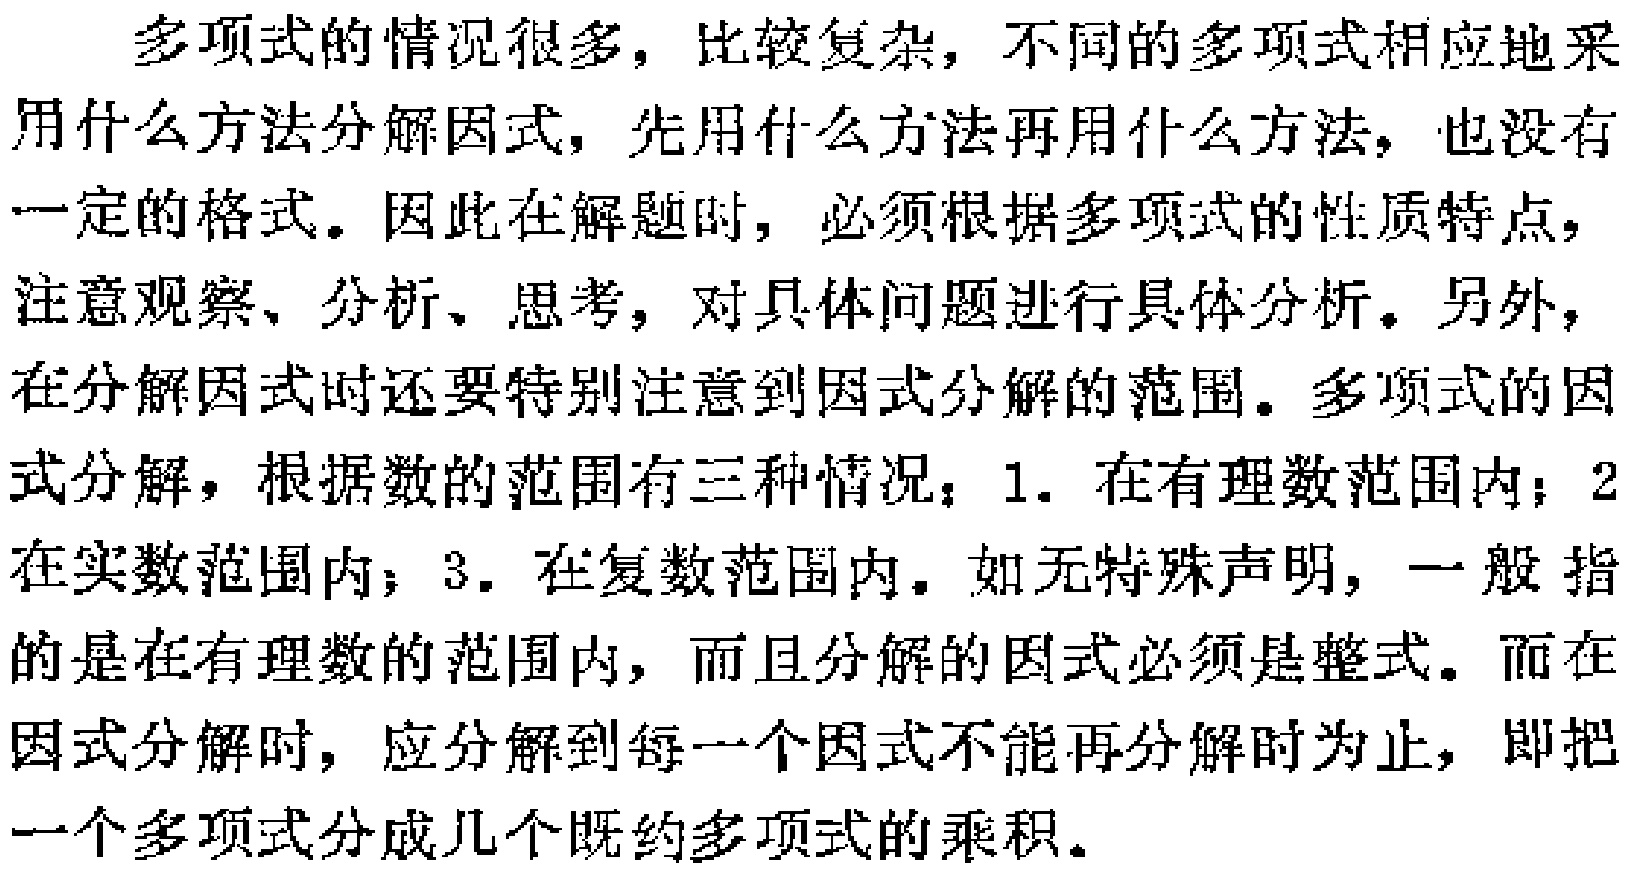
多项式的情况很多，比较复杂，不同的多项式相应地采用什么方法分解因式，先用什么方法再用什么方法，也没有一定的格式。因此在解题时，必须根据多项式的性质特点，注意观察、分析、思考，对具体问题进行具体分析。另外，在分解因式时还要特别注意到因式分解的范围。多项式的因式分解，根据数的范围有三种情况：1. 在有理数范围内；2. 在实数范围内；3. 在复数范围内。如无特殊声明，一般指的是在有理数的范围内，而且分解的因式必须是整式。而在因式分解时，应分解到每一个因式不能再分解时为止，即把一个多项式分成几个既约多项式的乘积。